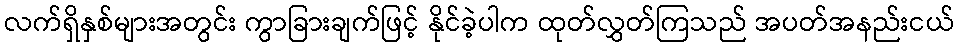
လက်ရှိနှစ်များအတွင်း ကွာခြားချက်ဖြင့် နိုင်ခဲ့ပါက ထုတ်လွှတ်ကြသည် အပတ်အနည်းငယ်